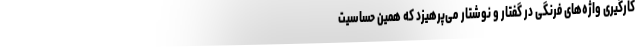
کار‌گیری واژه‌های فرنگی در گفتار و نوشتار می‌پرهیزد که همین حساسیت